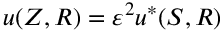
u ( Z , R ) = \varepsilon ^ { 2 } u ^ { * } ( S , R )